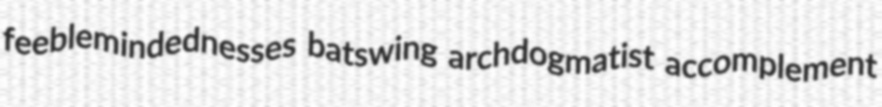
feeblemindednesses batswing archdogmatist accomplement